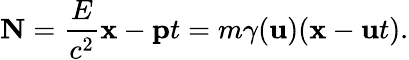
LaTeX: \mathbf{N}={\frac{E}{c^{2}}}\mathbf{x}-\mathbf{p}t=m\gamma(\mathbf{u})(\mathbf{x}-\mathbf{u}t).